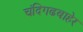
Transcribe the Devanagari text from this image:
चंदिगढबाहेर